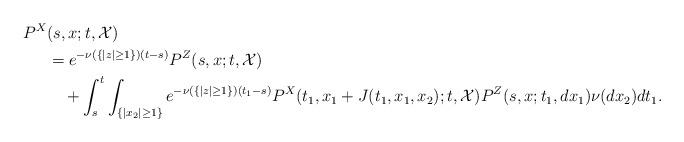
LaTeX: \begin{align*}P^X&(s,x;t,{\cal X})\\&=e^{-\nu(\{|z|\ge1\})(t-s)}P^Z(s,x;t,{\cal X})\\&\ \ \ +\int_{s}^t\int_{\{|x_2|\ge 1\}}e^{-\nu(\{|z|\ge1\})(t_1-s)}P^X(t_1,x_1+J(t_1,x_1,x_2);t,{\cal X})P^Z(s,x;t_1,dx_1)\nu(dx_2)dt_1.\end{align*}